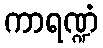
ကာရဏ္ဍံ